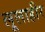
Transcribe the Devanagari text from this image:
लूलाहीर